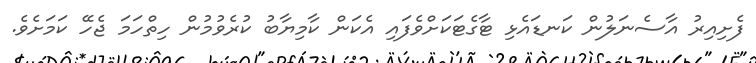
ފެށިއިރު އާސެނަލުން ކަނޑައެޅި ޓާގެޓަކަށްވެފައި އެކަން ކާމިޔާބު ކުރެވުމުން ހިތްހަމަ ޖެހޭ ކަމަށެވެ.